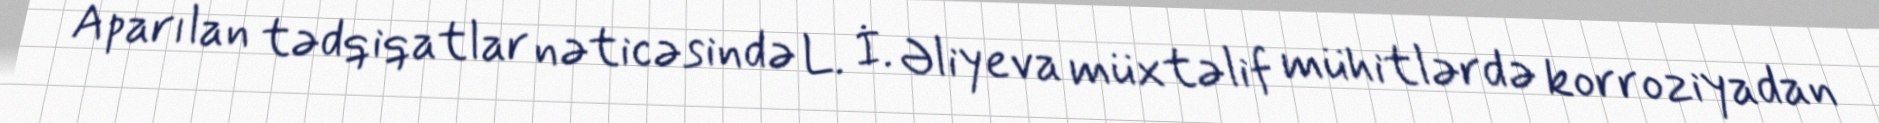
Aparılan tədqiqatlar nəticəsində L. İ. Əliyeva müxtəlif mühitlərdə korroziyadan